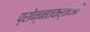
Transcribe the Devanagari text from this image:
प्रोन्नतकर्ताओं